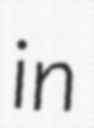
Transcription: in